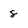
Character: 8